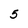
Character: 5